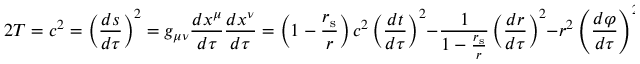
2 T = c ^ { 2 } = \left( { \frac { d s } { d \tau } } \right) ^ { 2 } = g _ { \mu \nu } { \frac { d x ^ { \mu } } { d \tau } } { \frac { d x ^ { \nu } } { d \tau } } = \left( 1 - { \frac { r _ { \mathrm { { s } } } } { r } } \right) c ^ { 2 } \left( { \frac { d t } { d \tau } } \right) ^ { 2 } - { \frac { 1 } { 1 - { \frac { r _ { \mathrm { { s } } } } { r } } } } \left( { \frac { d r } { d \tau } } \right) ^ { 2 } - r ^ { 2 } \left( { \frac { d \varphi } { d \tau } } \right) ^ { 2 }